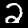
Digit: 2